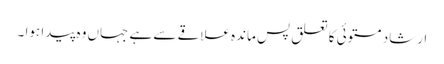
ارشاد مستوئی کا تعلق پس ماندہ علاقے سے ہے جہاں وہ پیدا ہوا ۔